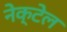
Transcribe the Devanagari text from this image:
नेक्टेल